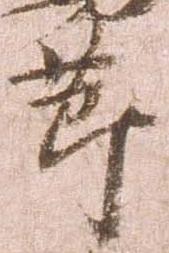
節